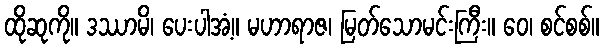
ထိုဆုကို။ ဒဿာမိ၊ ပေးပါအံ့။ မဟာရာဇ၊ မြတ်သောမင်းကြီး။ ဝေ၊ စင်စစ်။